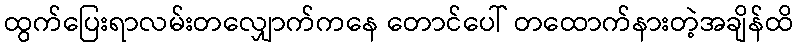
ထွက်ပြေးရာလမ်းတလျှောက်ကနေ တောင်ပေါ် တထောက်နားတဲ့အချိန်ထိ